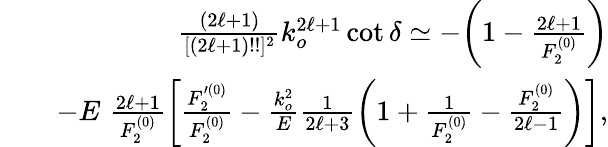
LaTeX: \begin{array}{rlr}&{}&{\frac{(2\ell+1)}{[(2\ell+1)!!]^{2}}k_{o}^{2\ell+1}\cot\delta\simeq-\bigg(1-\frac{2\ell+1}{F_{2}^{(0)}}\bigg)}\\ &{}&{-E\, \, \frac{2\ell+1}{F_{2}^{(0)}}\bigg[\frac{F_{2}^{\prime(0)}}{F_{2}^{(0)}}-\frac{k_{o}^{2}}{E}\frac{1}{2\ell+3}\left(1+\frac{1}{F_{2}^{(0)}}-\frac{F_{2}^{(0)}}{2\ell-1}\right)\bigg],}\end{array}